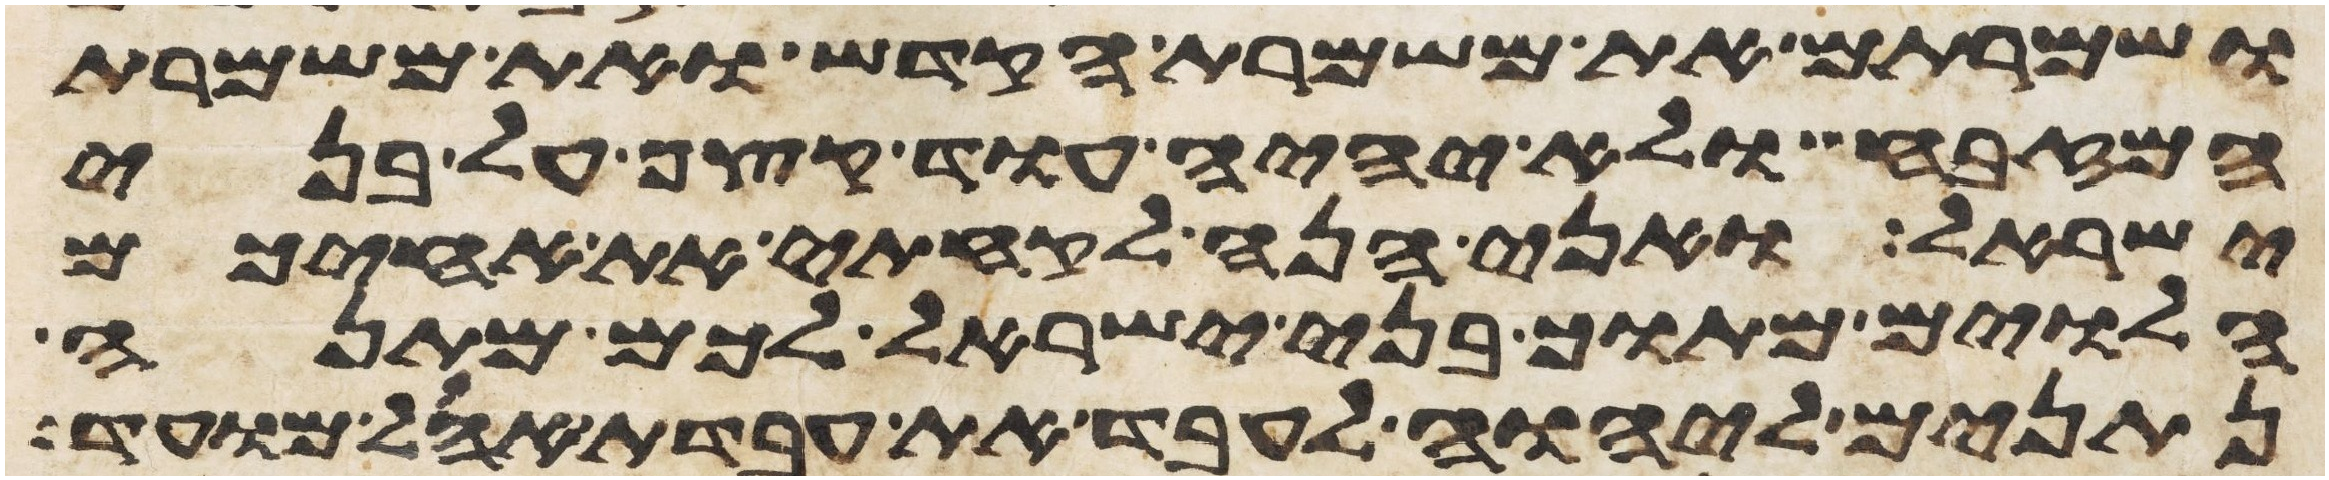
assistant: ושמרתם את משמרת הקדש ואת משמרת
המזבח ולא יהיה עוד קצף על בני
ישראל ואני הנה לקחתי את אחיכם
הלוים מתוך בני ישראל לכם מתנה
נתנים ליהוה לעבד את עבדת אהל מועד